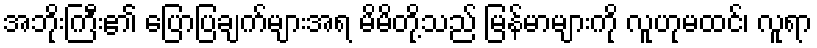
အဘိုးကြီး၏ ပြောပြချက်များအရ မိမိတို့သည် မြန်မာများကို လူဟုမထင်၊ လူရာ